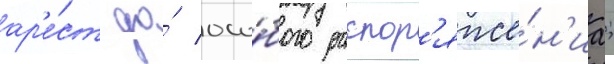
ар'е́ст до́ осо́бого распор'яже́н'иа;